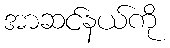
အာဆင်နယ်ကို